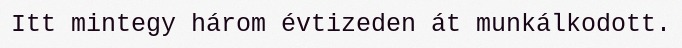
Itt mintegy három évtizeden át munkálkodott.